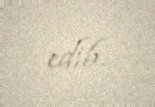
edib.